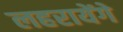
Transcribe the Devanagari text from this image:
लहरायेंगे